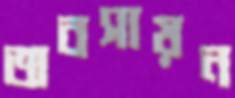
অবসায়ন